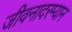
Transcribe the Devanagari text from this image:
जीवनादरम्यान